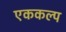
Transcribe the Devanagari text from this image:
एककल्प